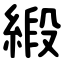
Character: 緞